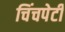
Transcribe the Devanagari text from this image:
चिंचपेटी